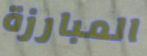
المبارزة